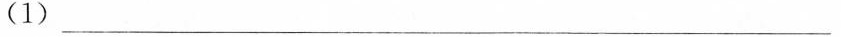
(1)___